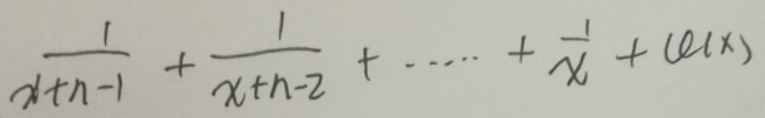
\frac{1}{x + n - 1} + \frac{1}{x + n - 2} + \cdots + \frac{1}{x} + f(x)